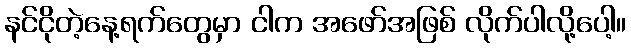
နင်ငိုတဲ့နေ့ရက်တွေမှာ ငါက အဖော်အဖြစ် လိုက်ပါလို့ပေါ့။